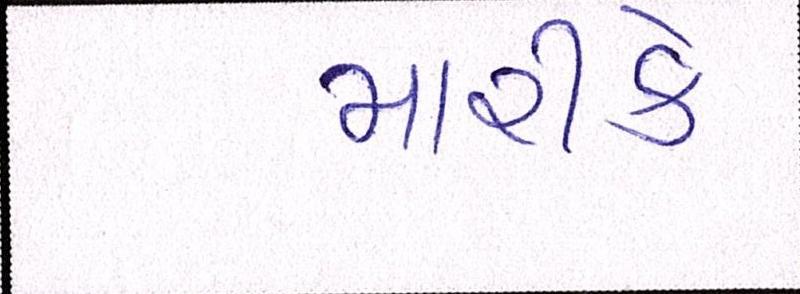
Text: મારીકે